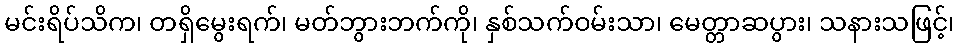
မင်းရိပ်သိက၊ တရှိမွေးရက်၊ မတ်ဘွားဘက်ကို၊ နှစ်သက်ဝမ်းသာ၊ မေတ္တာဆပွား၊ သနားသဖြင့်၊